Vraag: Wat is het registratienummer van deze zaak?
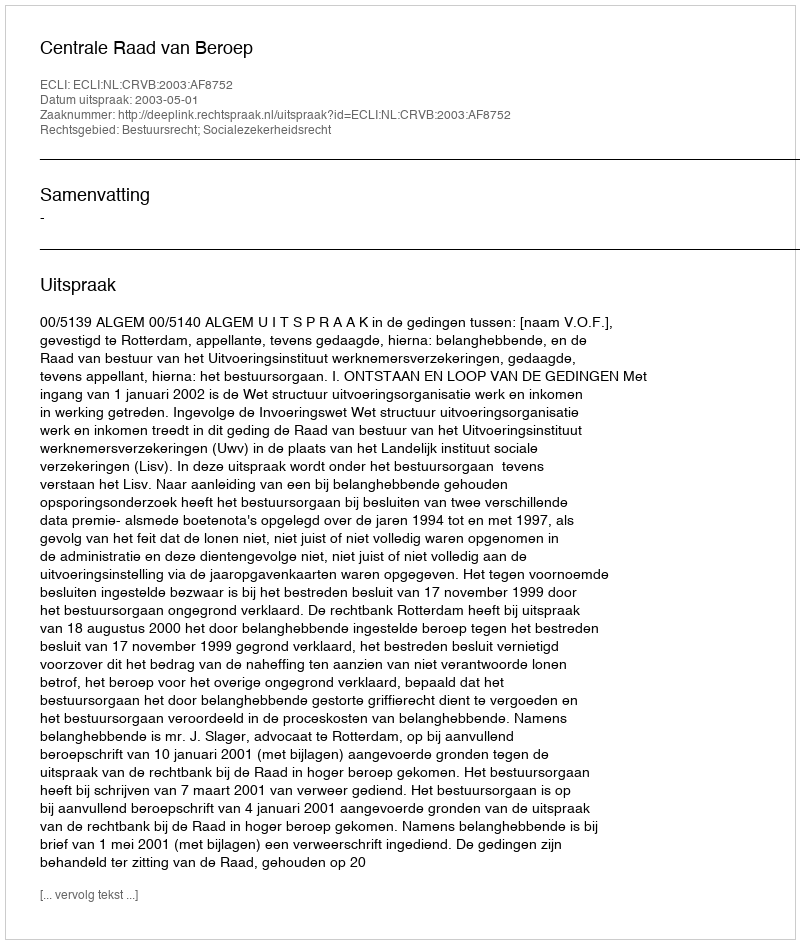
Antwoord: http://deeplink.rechtspraak.nl/uitspraak?id=ECLI:NL:CRVB:2003:AF8752